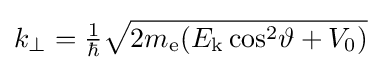
k_{\perp }={\tfrac {1}{\hbar }}{\sqrt {2m_{\text{e}}(E_{\text{k}}\cos ^{2}\!\vartheta +V_{0})}}